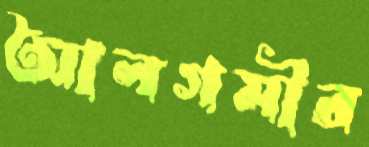
আলগমীর